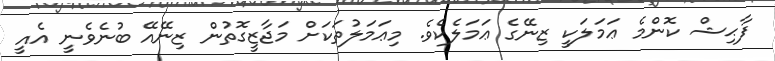
ފާޙިޝް ކޮންމެ ޢަމަލަކީ ޒިނޭގެ ޢަމަލެކެވެ. މިޢަމަލުތަކަށް މަޖާޒީގޮތުން ޒިނޭއޭ ބުނެވެނީ އެއީ